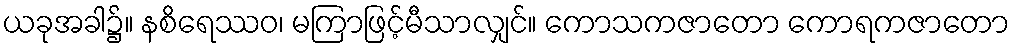
ယခုအခါ၌။ နစိရေဿဝ၊ မကြာဖြင့်မီသာလျှင်။ ကောသကဇာတော ကောရကဇာတော